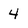
Character: 4